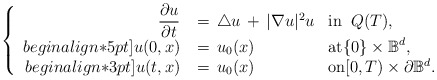
\begin{align*}\left\{\begin{array}{rll}\dfrac {\partial u}{\partial t} & \, = \, \triangle u \, + \, | \nabla u |^2 u & \mathrm{in} \;\; Q(T),\\begin{align*}5pt]u(0,x) & \, = \, u_0(x) & \mathrm{at} \{0\} \times \mathbb{B}^d,\\begin{align*}3pt]u(t,x) & \, = \, u_0(x) & \mathrm{on} [0,T) \times \partial \mathbb{B}^d.\end{array}\right.\end{align*}